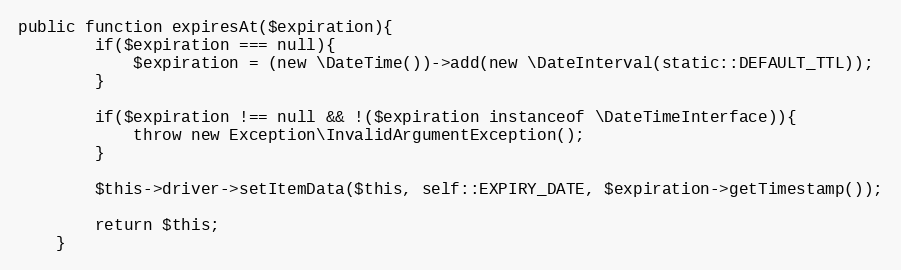
Language: PHP
public function expiresAt($expiration){
        if($expiration === null){
            $expiration = (new \DateTime())->add(new \DateInterval(static::DEFAULT_TTL));
        }

        if($expiration !== null && !($expiration instanceof \DateTimeInterface)){
            throw new Exception\InvalidArgumentException();
        }

        $this->driver->setItemData($this, self::EXPIRY_DATE, $expiration->getTimestamp());

        return $this;
    }